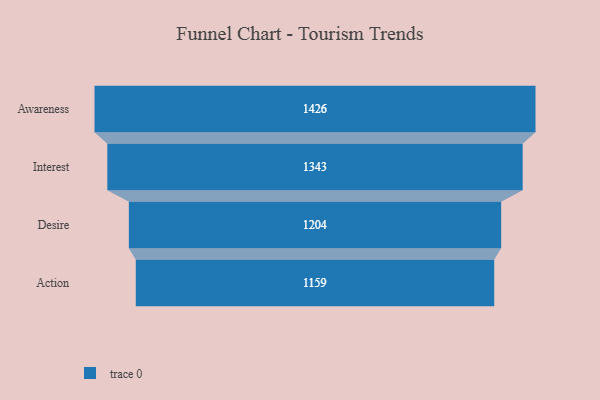
{"axis": {"x": "Stage", "y": "Value"}, "legend": [""], "data": [{"x": "Awareness", "y": 1426.0, "type": ""}, {"x": "Interest", "y": 1343.0, "type": ""}, {"x": "Desire", "y": 1204.0, "type": ""}, {"x": "Action", "y": 1159.0, "type": ""}]}